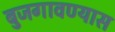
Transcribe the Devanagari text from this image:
बुजगावण्यास